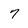
Character: 7